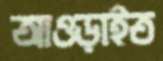
আওড়াইত